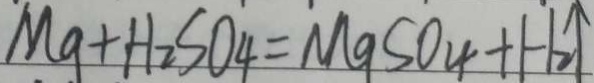
M g + H _ { 2 } S O _ { 4 } = M 9 S O _ { 4 } + H _ { 2 } \uparrow